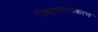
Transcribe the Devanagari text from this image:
विद्युतप्रवर्तकत्व